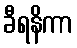
ခီရနိကာ